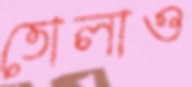
তোলাও